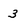
Character: 3